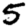
Digit: 5